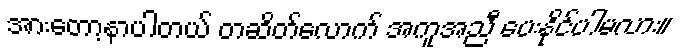
အားတော့နာပါတယ် တဆိတ်လောက် အကူအညီ ပေးနိုင်ပါမလား။